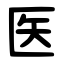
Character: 医